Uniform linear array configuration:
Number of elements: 64
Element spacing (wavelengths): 0.5
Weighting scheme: exponential
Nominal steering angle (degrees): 45
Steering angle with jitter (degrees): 46.976
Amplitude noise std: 0.05
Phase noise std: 0.05

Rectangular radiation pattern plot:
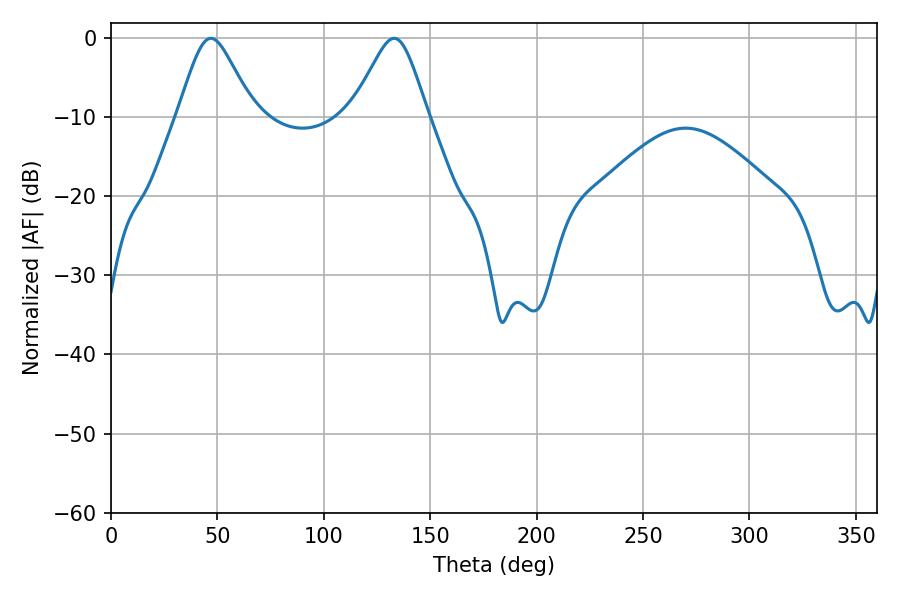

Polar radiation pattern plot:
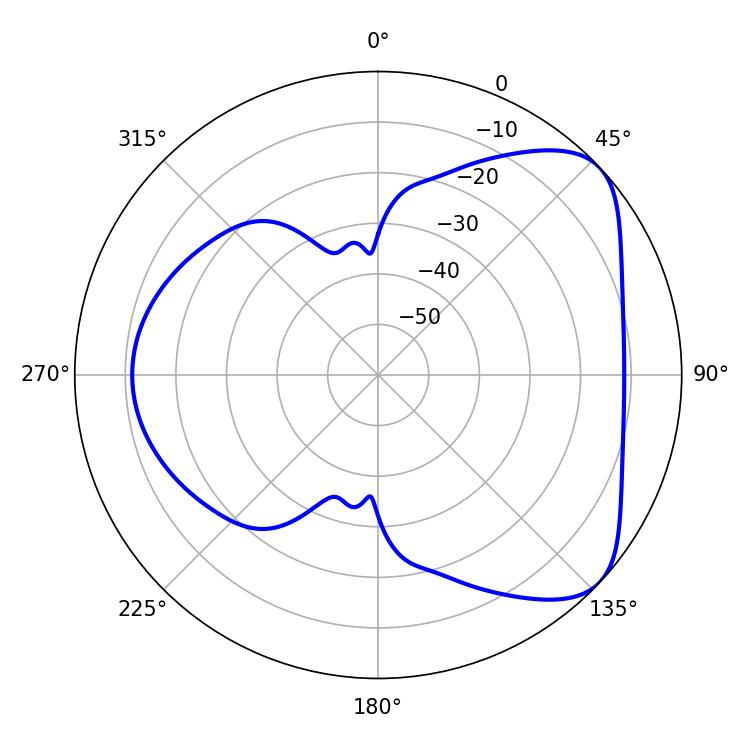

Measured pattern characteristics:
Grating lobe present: FALSE
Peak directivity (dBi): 5.85
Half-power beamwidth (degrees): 17.28
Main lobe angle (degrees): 46.98